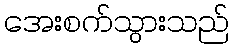
အေးစက်သွားသည်